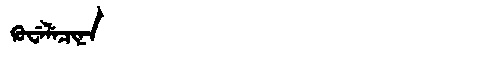
Manchu: ᡴᡠᠸᡝᠯᡝᠴᡳᠨᠠ
Romanization: KUWELECINA